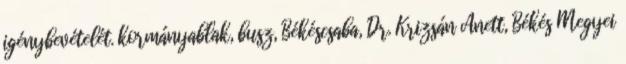
igénybevételét. kormányablak, busz, Békéscsaba, Dr. Krizsán Anett, Békés Megyei